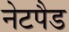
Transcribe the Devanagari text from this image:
नेटपैड